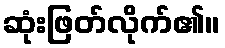
ဆုံးဖြတ်လိုက်၏။